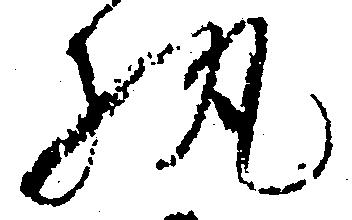
執